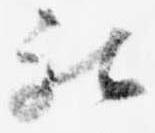
被